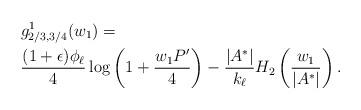
LaTeX: \begin{align*} & g_{2/3, 3/4}^1 (w_1) = \\ &\frac{ (1+\epsilon) \phi_{\ell} }{4} \log \left( 1 + \frac{ w_1 P'}{4} \right) - \frac{|A^{\ast}|}{k_{\ell}} H_2 \left( \frac{w_1}{|A^{\ast}|} \right). \end{align*}